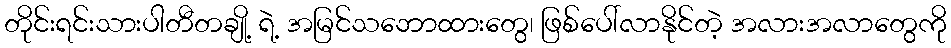
တိုင်းရင်းသားပါတီတချို့ ရဲ့ အမြင်သဘောထားတွေ၊ ဖြစ်ပေါ်လာနိုင်တဲ့ အလားအလာတွေကို